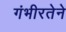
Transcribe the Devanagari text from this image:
गंभीरतेने